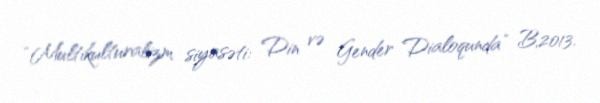
“Multikulturalizm siyasəti: Din və Gender Dialoqunda” B,2013.